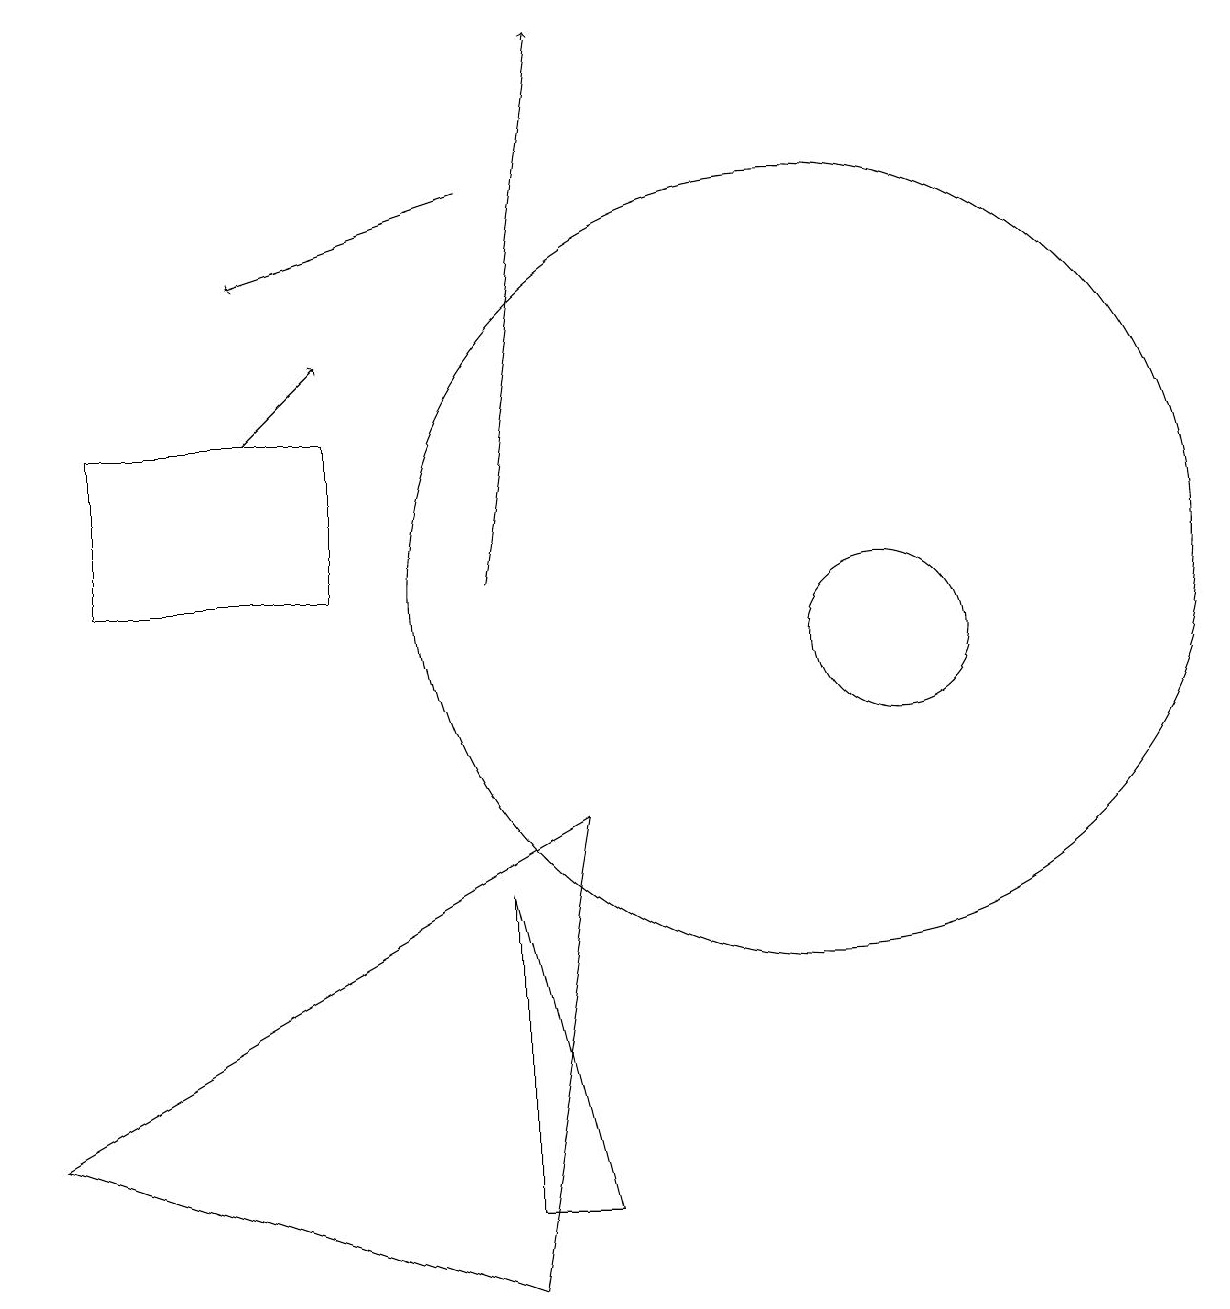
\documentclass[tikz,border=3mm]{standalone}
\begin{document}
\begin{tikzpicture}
\draw (11,10) circle (1);
\draw[->] (3,13) -- (4,14);
\draw (0,4) -- (7,8) -- (6,2) -- cycle;
\draw (1,13) rectangle (4,11);
\draw[->] (6,16) -- (3,15);
\draw (10,11) circle (5);
\draw[->] (6,11) -- (7,18);
\draw (6,7) -- (7,3) -- (6,3) -- cycle;
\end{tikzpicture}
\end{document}